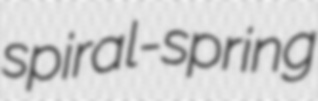
spiral-spring